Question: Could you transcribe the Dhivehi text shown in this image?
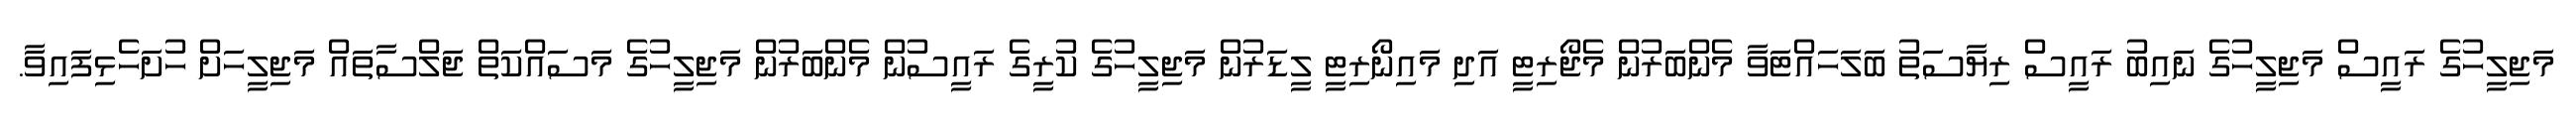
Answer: މަޖިލީހުގެ ރައީސް މަޖިލީހުގެ ނައިބު ރައީސް ރިޔާސަތު ބަލަހައްޓަވާ މެންބަރުން މެޖޯރިޓީ އަދި މައިނޯރިޓީ ލީޑަރުން މަޖިލީހުގެ ކުރީގެ ރައީސުން މެންބަރުން މަޖިލީހުގެ މަސައްކަތް ޖަލްސާތައް މަޖިލީހަށް ހުށަހެޅިފައިވާ.